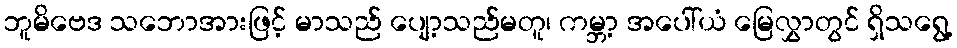
ဘူမိဗေဒ သဘောအားဖြင့် မာသည် ပျော့သည်မတူ၊ ကမ္ဘာ့ အပေါ်ယံ မြေလွှာတွင် ရှိသရွေ့